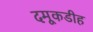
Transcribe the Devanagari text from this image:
दमूकडीह